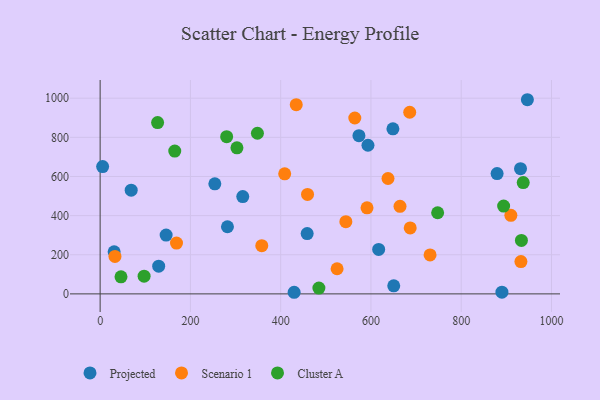
{"axis": {"x": "Investment", "y": "Sales"}, "legend": ["Cluster A", "Projected", "Scenario 1"], "data": [{"x": "946.6", "y": 992.2, "type": "Projected"}, {"x": "617.1", "y": 227.4, "type": "Projected"}, {"x": "458.7", "y": 308.1, "type": "Projected"}, {"x": "593.4", "y": 759.5, "type": "Projected"}, {"x": "254.1", "y": 562.6, "type": "Projected"}, {"x": "146.2", "y": 300.3, "type": "Projected"}, {"x": "68.8", "y": 529.8, "type": "Projected"}, {"x": "879.5", "y": 615.0, "type": "Projected"}, {"x": "129.7", "y": 141.6, "type": "Projected"}, {"x": "931.4", "y": 640.0, "type": "Projected"}, {"x": "650.5", "y": 41.0, "type": "Projected"}, {"x": "282.1", "y": 343.0, "type": "Projected"}, {"x": "890.2", "y": 8.9, "type": "Projected"}, {"x": "573.4", "y": 808.7, "type": "Projected"}, {"x": "316.0", "y": 497.4, "type": "Projected"}, {"x": "31.0", "y": 215.1, "type": "Projected"}, {"x": "648.7", "y": 843.7, "type": "Projected"}, {"x": "5.5", "y": 650.4, "type": "Projected"}, {"x": "429.8", "y": 8.2, "type": "Projected"}, {"x": "169.2", "y": 259.7, "type": "Scenario 1"}, {"x": "685.9", "y": 928.2, "type": "Scenario 1"}, {"x": "525.0", "y": 128.4, "type": "Scenario 1"}, {"x": "910.0", "y": 401.6, "type": "Scenario 1"}, {"x": "591.3", "y": 439.7, "type": "Scenario 1"}, {"x": "664.4", "y": 447.3, "type": "Scenario 1"}, {"x": "932.3", "y": 165.2, "type": "Scenario 1"}, {"x": "564.2", "y": 898.8, "type": "Scenario 1"}, {"x": "544.4", "y": 369.1, "type": "Scenario 1"}, {"x": "434.5", "y": 966.7, "type": "Scenario 1"}, {"x": "408.9", "y": 613.7, "type": "Scenario 1"}, {"x": "637.8", "y": 589.6, "type": "Scenario 1"}, {"x": "32.8", "y": 191.3, "type": "Scenario 1"}, {"x": "731.0", "y": 199.0, "type": "Scenario 1"}, {"x": "687.0", "y": 337.2, "type": "Scenario 1"}, {"x": "459.5", "y": 508.0, "type": "Scenario 1"}, {"x": "358.1", "y": 246.3, "type": "Scenario 1"}, {"x": "937.4", "y": 568.6, "type": "Cluster A"}, {"x": "894.0", "y": 448.5, "type": "Cluster A"}, {"x": "97.4", "y": 90.3, "type": "Cluster A"}, {"x": "280.3", "y": 803.3, "type": "Cluster A"}, {"x": "747.8", "y": 414.7, "type": "Cluster A"}, {"x": "303.1", "y": 746.6, "type": "Cluster A"}, {"x": "348.5", "y": 821.0, "type": "Cluster A"}, {"x": "484.7", "y": 29.7, "type": "Cluster A"}, {"x": "127.3", "y": 875.4, "type": "Cluster A"}, {"x": "165.3", "y": 729.8, "type": "Cluster A"}, {"x": "933.4", "y": 273.2, "type": "Cluster A"}, {"x": "46.2", "y": 87.1, "type": "Cluster A"}]}